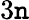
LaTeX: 3\mathtt{n}